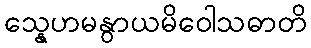
သ္နေဟမနွာယမိဝေါသဓာတိ